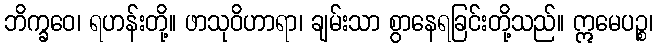
ဘိက္ခဝေ၊ ရဟန်းတို့။ ဖာသုဝိဟာရာ၊ ချမ်းသာ စွာနေရခြင်းတို့သည်။ ဣမေပဉ္စ၊